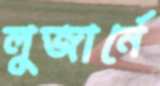
লুজার্নে